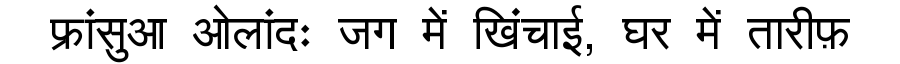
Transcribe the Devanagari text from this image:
फ्रांसुआ ओलांदः जग में खिंचाई, घर में तारीफ़